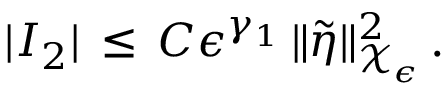
| I _ { 2 } | \, \le \, C \epsilon ^ { \gamma _ { 1 } } \, \| \tilde { \eta } \| _ { \mathcal { X } _ { \epsilon } } ^ { 2 } \, .